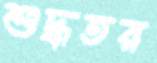
শুদ্ধতর